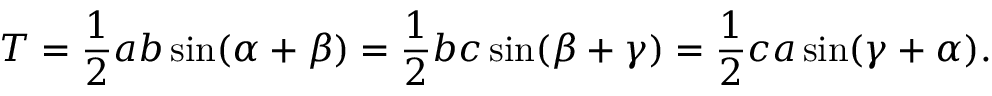
T = { \frac { 1 } { 2 } } a b \sin ( \alpha + \beta ) = { \frac { 1 } { 2 } } b c \sin ( \beta + \gamma ) = { \frac { 1 } { 2 } } c a \sin ( \gamma + \alpha ) .